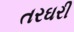
તરઘરી